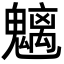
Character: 魑